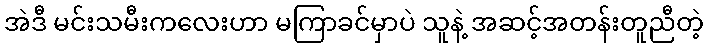
အဲဒီ မင်းသမီးကလေးဟာ မကြာခင်မှာပဲ သူနဲ့ အဆင့်အတန်းတူညီတဲ့